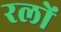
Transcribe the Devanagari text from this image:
रलों